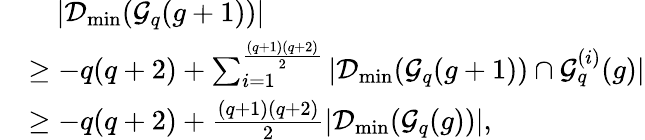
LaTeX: \begin{array}{rl}&{\quad|\mathcal{D}_{\mathrm{min}}(\mathcal{G}_{q}(g+1))|}\\ &{\geq-q(q+2)+\sum_{i=1}^{\frac{(q+1)(q+2)}{2}}|\mathcal{D}_{\mathrm{min}}(\mathcal{G}_{q}(g+1))\cap\mathcal{G}_{q}^{(i)}(g)|}\\ &{\geq-q(q+2)+\frac{(q+1)(q+2)}{2}|\mathcal{D}_{\mathrm{min}}(\mathcal{G}_{q}(g))|,}\end{array}